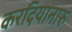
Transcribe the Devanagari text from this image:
करदियानारु